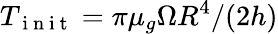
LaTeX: T_{\mathrm{~i~n~i~t~}}=\pi\mu_{g}\Omega R^{4}/(2h)